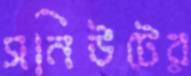
সনিউটের